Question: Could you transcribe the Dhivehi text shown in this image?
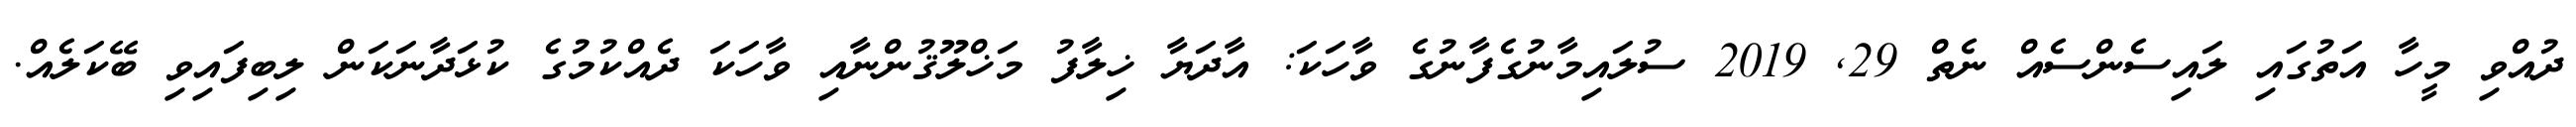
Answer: ދުއްވި މީހާ އަތުގައި ލައިސެންސެއް ނެތް 29, 2019 ސުލައިމާނުގެފާނުގެ ވާހަކަ: އާދަޔާ ޚިލާފު މަޚްލޫޤުންނާއި ވާހަކަ ދެއްކުމުގެ ކުޅަދާނަކަން ލިބިފައިވި ބޭކަލެއް.